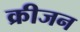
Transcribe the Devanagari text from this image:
क्रीजन